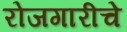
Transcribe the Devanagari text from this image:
रोजगारीचे